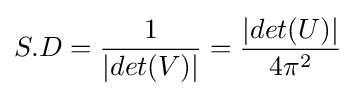
S.D={\frac {1}{|det(V)|}}={\frac {|det(U)|}{4\pi ^{2}}}